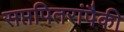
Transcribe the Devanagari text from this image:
सप्तपितरांपैकी